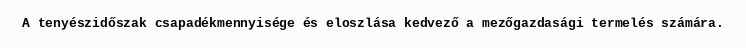
A tenyészidőszak csapadékmennyisége és eloszlása kedvező a mezőgazdasági termelés számára.